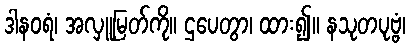
ဒါနဝရံ၊ အလှူမြတ်ကို။ ဌပေတွာ၊ ထား၍။ နသုတပုဗ္ဗံ၊